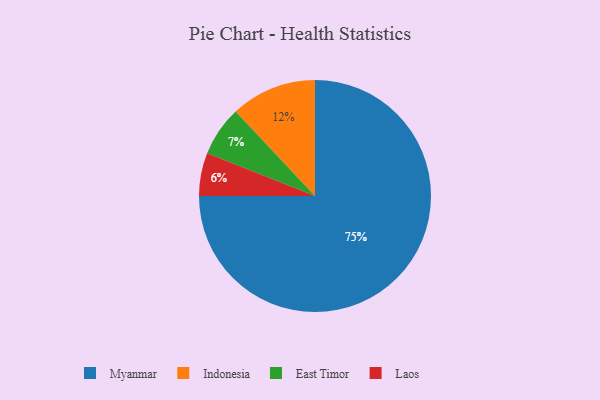
{"axis": {"x": "Category", "y": "Percentage"}, "legend": ["East Timor", "Indonesia", "Laos", "Myanmar"], "data": [{"x": "Laos", "y": 6, "type": "Laos"}, {"x": "East Timor", "y": 7, "type": "East Timor"}, {"x": "Myanmar", "y": 75, "type": "Myanmar"}, {"x": "Indonesia", "y": 12, "type": "Indonesia"}]}